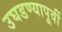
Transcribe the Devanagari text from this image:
उघडण्यापूर्वी